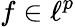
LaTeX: f\in\ell^{p}